Lock hospitals Punjab
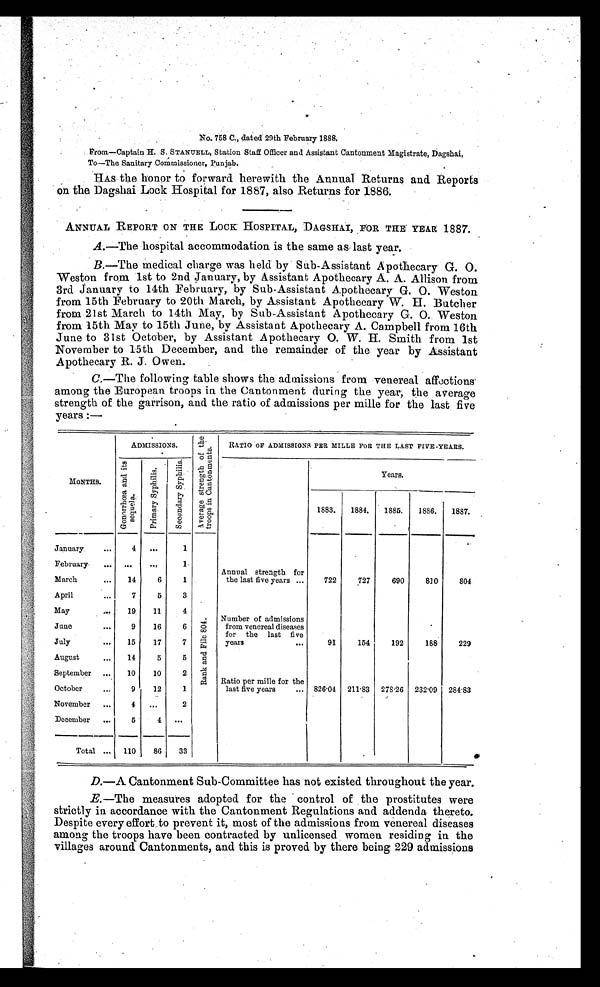
No. 758 C., dated 29th February 1888.
From—Captain H. S. STANUELL, Station Staff Officer and Assistant Cantonment Magistrate, Dagshai,
To—The Sanitary Commissioner, Punjab.
HAS the honor to forward herewith the Annual Returns and Reports
on the Dagshai Lock Hospital for 1887, also Returns for 1886.
ANNUAL REPORT ON THE LOCK HOSPITAL, DAGSHAI, FOR THE YEAR 1887.
A.—The hospital accommodation is the same as last year.
B.—The medical charge was held by Sub-Assistant Apothecary G. 0.
Weston from 1st to 2nd January, by Assistant Apothecary A. A. Allison from
3rd January to 14th February, by Sub-Assistant Apothecary G. 0. Weston
from 15th February to 20th March, by Assistant Apothecary W. H. Butcher
from 21st March to 14th May, by Sub-Assistant Apothecary G. 0. Weston
from 15th May to 15th June, by Assistant Apothecary A. Campbell from 16th
June to 31st October, by Assistant Apothecary O. W. H. Smith from 1st
November to 15th December, and the remainder of the year by Assistant
Apothecary R. J. Owen.
C.—The following table shows the admissions from venereal affections
a m o n g t h e E u r o p e a n t r o o p s i n t h e C a n t o n m e n t d u r i n g t h e y e a r ; t h e a v e r a g e
strength of the garrison, and. the ratio of admissions per mille for the last five
years:—
MONTHS.
ADMISSIONS.
A v e r a g e s t r e n g t h o f t h e t r o o p s C a n t o n m e n t s .
RATIO OF ADMISSIONS PER MILLE FOR THE LAST FIVE.YEARS.
G o n o r r h œ a a n d i t s s e q u e l a .
P r i m a r y s y p h i l i s .
S e c o n d a r y s y p h i l i s .
Years.
1883.
1884.
1887.
1885.
1886.
January
...
4 ...
1
R a n k a n d F i l e 8 0 4 .
Annual strength for
the last five years ...
722
727
690
810
804
February
... ...
. . .
1
March
...
14
6
1
April
. . .
7
5
3
Number of admissions
from venereal diseases
for the last five
years
. . .
91
154
192
188
229
May
...
19
11
4
June
...
9
16
6
July
...
15
17
7
August
. . .
14
5
5
Ratio per mille for the
last five years
... 826.04 211.83 278.26 232.09 284.83
September ...
10
10
2
October
...
9
12
1
November ...
4 ...
2
December ...
5
4 ...
Total ... 110
86
33
D.—A Cantonment Sub-Committee has not existed throughout the year.
E.—The measures adopted for the control of the prostitutes were
strictly in accordance with the Cantonment Regulations and addenda thereto.
Despite every effort to prevent it, most of the admissions from venereal diseases
among the troops have been contracted by unlicensed women residing in the
villages around Cantonments, and this is proved by there being 229 admissions